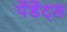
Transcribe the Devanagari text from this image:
पेंडेंट्स